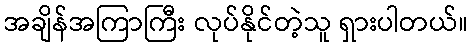
အချိန်အကြာကြီး လုပ်နိုင်တဲ့သူ ရှားပါတယ်။